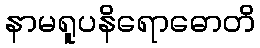
နာမရူပနိရောဓောတိ